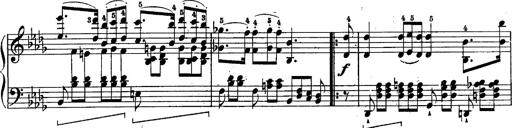
Title: Schubert's Impromptus [revised and edited by Franz Liszt]
Composer: Franz Liszt